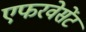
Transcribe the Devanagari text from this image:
एफरवेसेंट